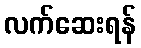
လက်ဆေးရန်